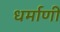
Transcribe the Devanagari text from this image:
धर्माणी